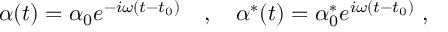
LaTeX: \alpha ( t ) = \alpha _ { 0 } e ^ { - i \omega ( t - t _ { 0 } ) } \ \ \ , \ \ \ \alpha ^ { * } ( t ) = \alpha _ { 0 } ^ { * } e ^ { i \omega ( t - t _ { 0 } ) } \ ,